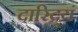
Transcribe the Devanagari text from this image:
दारिद्र्यं